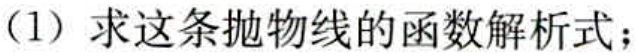
(1) 求这条抛物线的函数解析式；